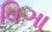
વિઞા